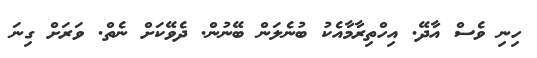
ހިނި ވެސް އާދޭ. އިހްތިރާމާއެކު ބުނެލަން ބޭނުން. ދެވޭކަށް ނެތް. ވަރަށް ގިނަ